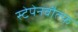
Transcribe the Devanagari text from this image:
स्टेपेनवौल्फ़